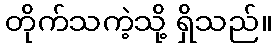
တိုက်သကဲ့သို့ ရှိသည်။